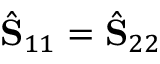
\hat { \mathbf { S } } _ { 1 1 } = \hat { \mathbf { S } } _ { 2 2 }